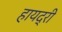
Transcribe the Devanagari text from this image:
हायद्री